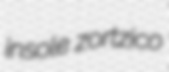
insole zortzico